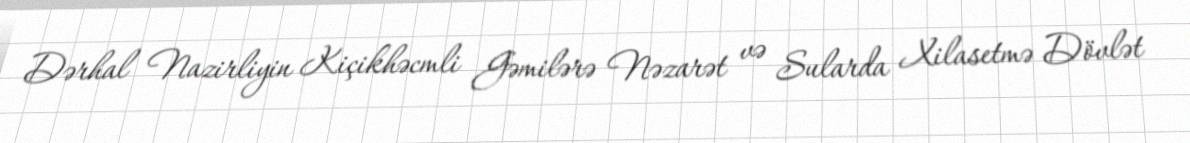
Dərhal Nazirliyin Kiçikhəcmli Gəmilərə Nəzarət və Sularda Xilasetmə Dövlət